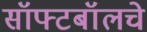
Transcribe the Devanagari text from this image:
सॉफ्टबॉलचे